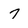
Character: 7